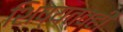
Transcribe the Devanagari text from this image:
शिष्यत्वही